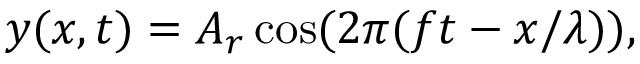
y ( x , t ) = A _ { r } \cos ( 2 \pi ( f t - x / \lambda ) ) ,